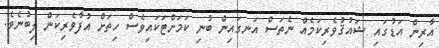
އާރިން އަޑުގައި ޝައުޤުވެރިކަމެއް ނެތަސް އަނގައިން ބުނި ކަމަށްޓަކައިވެސް ހިތަށް އުފާވެރިކަން ލިބުނެވެ.